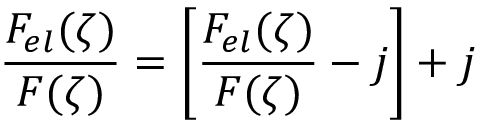
\frac { F _ { e l } ( \zeta ) } { F ( \zeta ) } = \left[ \frac { F _ { e l } ( \zeta ) } { F ( \zeta ) } - j \right] + j